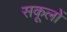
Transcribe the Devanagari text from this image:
सकूलों